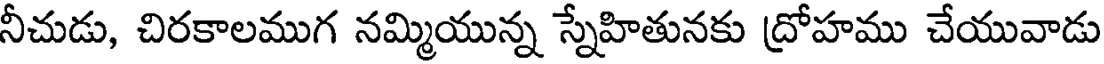
నీచుడు, చిరకాలముగ నమ్మియున్న స్నేహితునకు ద్రోహము చేయువాడు